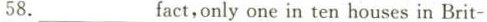
58.___fact,only one in ten houses in Brit-